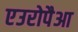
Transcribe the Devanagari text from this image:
एउरोपैआ